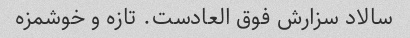
سالاد سزارش فوق العادست. تازه و خوشمزه